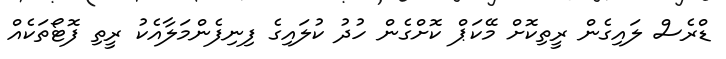
ޑްރެސް ލައިގެން ރީތިކޮށް މޭކަޕް ކޮށްގެން ހުދު ކުލައިގެ ފިނިފެންމަލާއެކު ރީތި ފޮޓޯތަކެއް